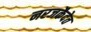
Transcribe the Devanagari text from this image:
नरजकैदेत